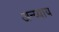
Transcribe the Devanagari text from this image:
अन्य्याय